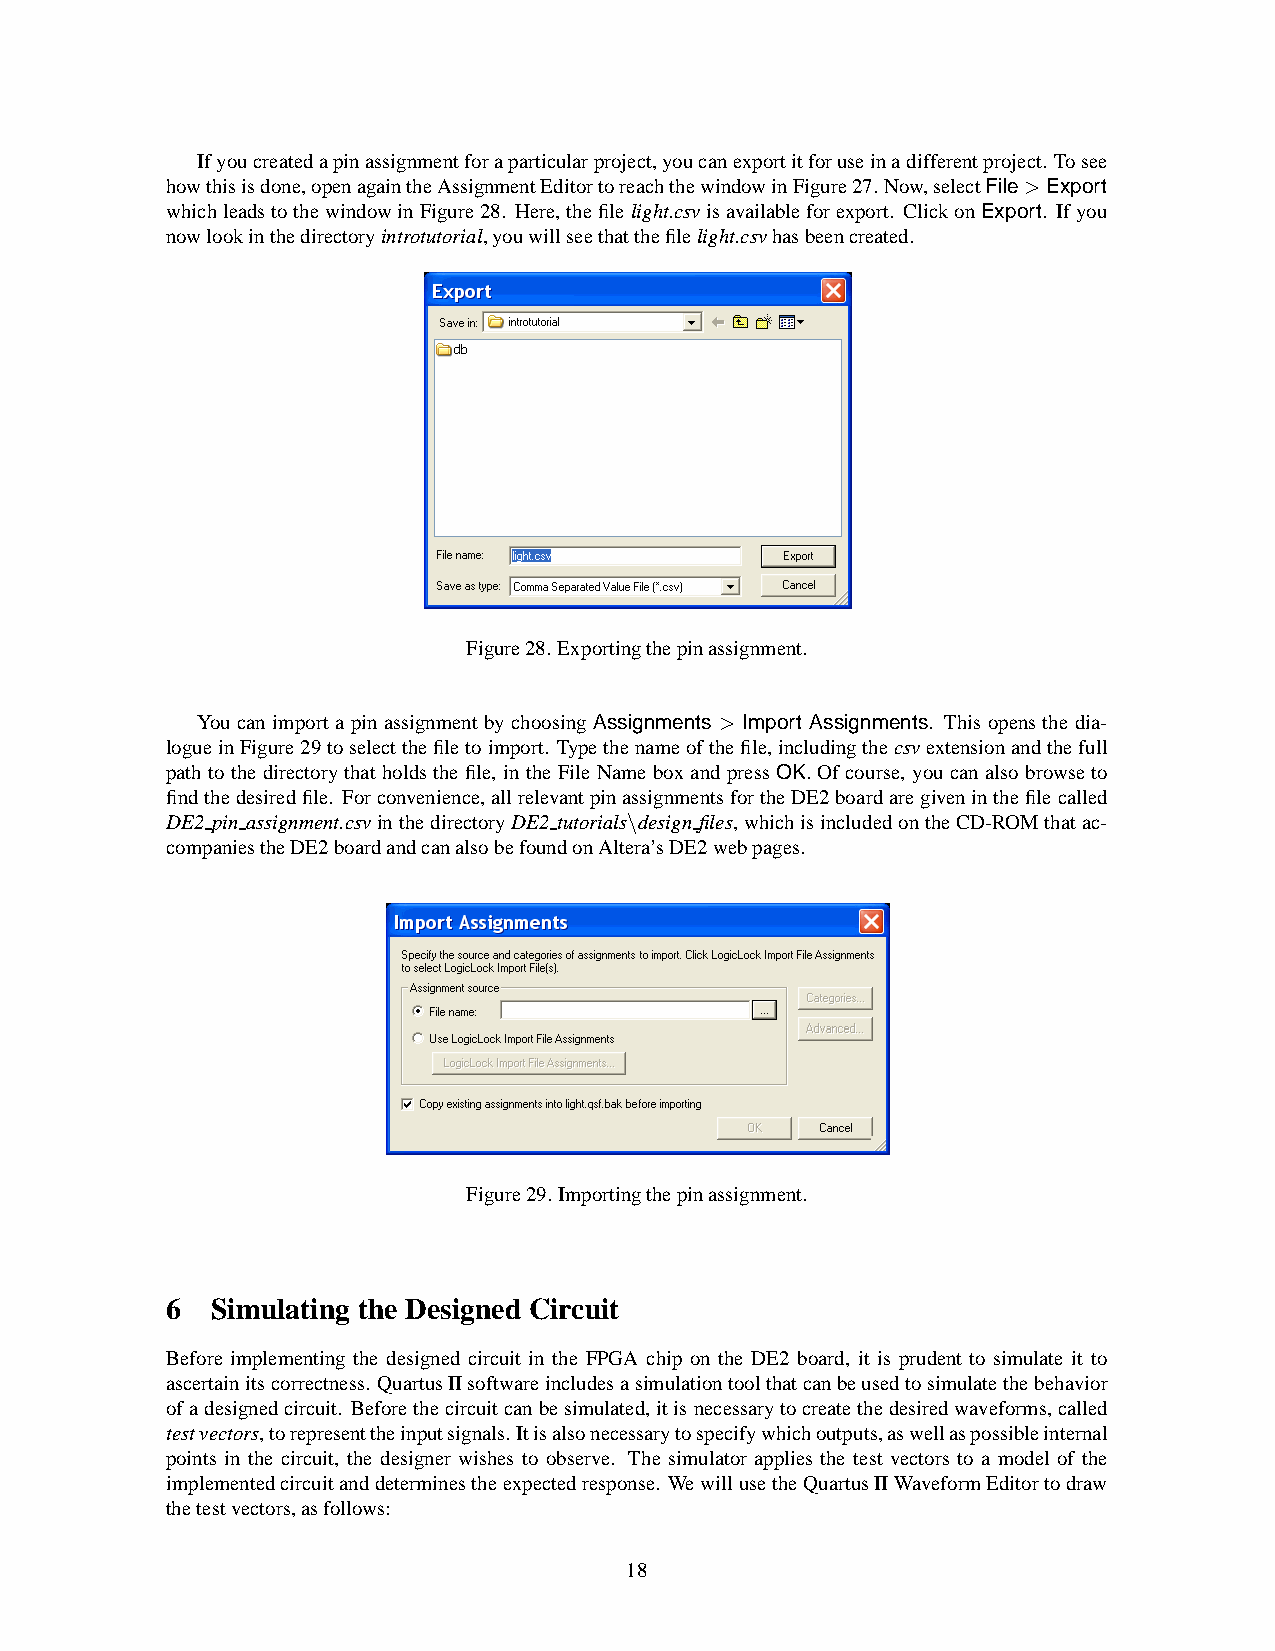
Ifyoucreatedapinassignmentforaparticularproject,youcanexportitforuseinadifferentproject. Tosee
 howthisisdone,openagaintheAssignmentEditortoreachthewindowinFigure27.Now,selectFile>Export
 whichleadstothewindowinFigure28. Here,thefile light.csvisavailableforexport. ClickonExport. Ifyou
 nowlookinthedirectoryintrotutorial,youwillseethatthefilelight.csvhasbeencreated.
 Figure28.Exportingthepinassignment.
 You can importa pin assignment by choosing Assignments > Import Assignments. This opensthe dia-
 logueinFigure29toselectthefiletoimport. Typethenameofthefile,includingthecsvextensionandthefull
 path to the directorythat holdsthe file, in the File Name boxand press OK. Of course, youcan also browseto
 findthedesiredfile. Forconvenience,allrelevantpinassignmentsfortheDE2boardaregiveninthefilecalled
 DE2 pin assignment.csvinthedirectoryDE2 tutorials\design files, whichisincludedontheCD-ROMthatac-
 companiestheDE2boardandcanalsobefoundonAltera’sDE2webpages.
 Figure29.Importingthepinassignment.
 6  Simulating the Designed Circuit
 Before implementing the designed circuit in the FPGA chip on the DE2 board, it is prudent to simulate it to
 ascertainitscorrectness. QuartusIIsoftwareincludesasimulationtoolthatcanbeusedtosimulatethebehavior
 ofadesignedcircuit. Beforethecircuitcanbesimulated,itisnecessarytocreatethedesiredwaveforms,called
 testvectors,torepresenttheinputsignals.Itisalsonecessarytospecifywhichoutputs,aswellaspossibleinternal
 points in the circuit, the designer wishes to observe. The simulator applies the test vectors to a model of the
 implementedcircuitanddeterminestheexpectedresponse. WewillusetheQuartusIIWaveformEditortodraw
 thetestvectors,asfollows:
 18